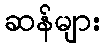
ဆန်များ